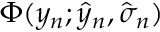
\Phi ( y _ { n } ; \hat { y } _ { n } , \hat { \sigma } _ { n } )